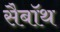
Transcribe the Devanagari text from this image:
सैबॉथ